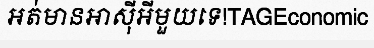
អត់មានអាស៊ីអីមួយទេ!TAGEconomic